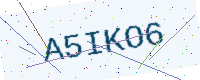
Text: A5IKO6